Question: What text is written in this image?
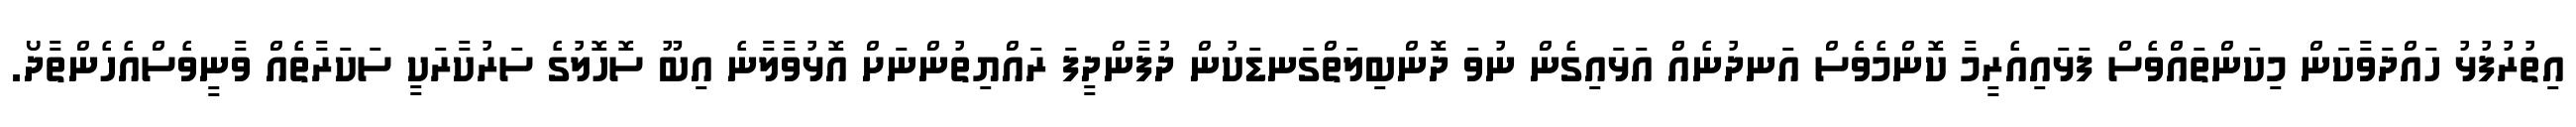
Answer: އިތުރުފުޅު ހައްދަވާކަން މިކަންތައްވެސް ފަޅައިއެރީމާ ކޮންމެވެސް އަނދުނެއް އަޅައިގެން ނުވަ ދޮންބިލަތްގަނޑަކުން ދުފާންދީފަ ރައްޔިތުންނަށް އޮޅުވާލާނެ އިބޫ ސޮހޮލުގެ ސަރުކާރަކީ ސަކަރާތެއް ވާނީވެސްއެހެންތާދޯ.